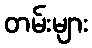
တမ်းများ